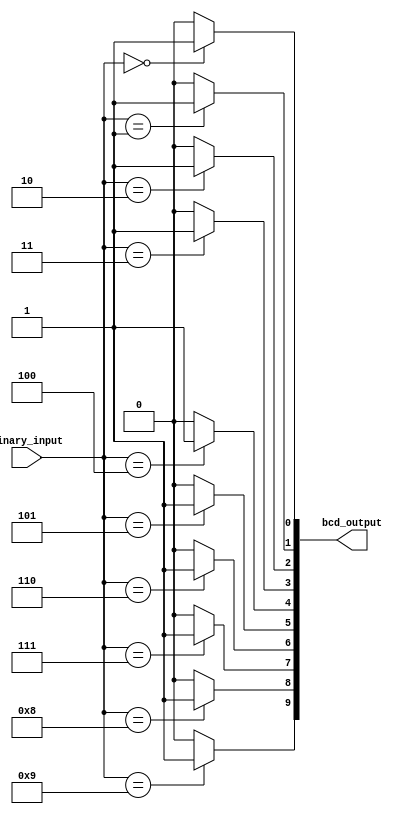
module BCD_Decoder(
    input [3:0] binary_input,
    output [9:0] bcd_output
);

assign bcd_output[0] = (binary_input == 4'b0000) ? 1'b1 : 1'b0;
assign bcd_output[1] = (binary_input == 4'b0001) ? 1'b1 : 1'b0;
assign bcd_output[2] = (binary_input == 4'b0010) ? 1'b1 : 1'b0;
assign bcd_output[3] = (binary_input == 4'b0011) ? 1'b1 : 1'b0;
assign bcd_output[4] = (binary_input == 4'b0100) ? 1'b1 : 1'b0;
assign bcd_output[5] = (binary_input == 4'b0101) ? 1'b1 : 1'b0;
assign bcd_output[6] = (binary_input == 4'b0110) ? 1'b1 : 1'b0;
assign bcd_output[7] = (binary_input == 4'b0111) ? 1'b1 : 1'b0;
assign bcd_output[8] = (binary_input == 4'b1000) ? 1'b1 : 1'b0;
assign bcd_output[9] = (binary_input == 4'b1001) ? 1'b1 : 1'b0;

endmodule